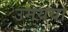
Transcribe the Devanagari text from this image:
उमयया